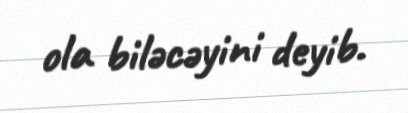
ola biləcəyini deyib.